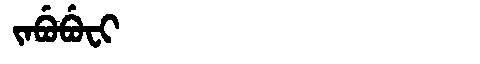
Manchu: ᠵᠠᠪᡠᠪᡠᠸᡳ
Romanization: JABUBUFI